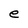
Character: e